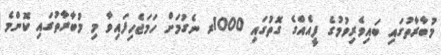
މުބާރާތުގައި ބައިވެރިވުމުގެ ފީއެއްގެ ގޮތުގައި 1000ރ ނެގުމަށް ހަމަޖެހިފައިވާ މި މުބާރާތުގައި ކޮންމެ